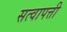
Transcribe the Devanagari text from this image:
सत्वापत्ती